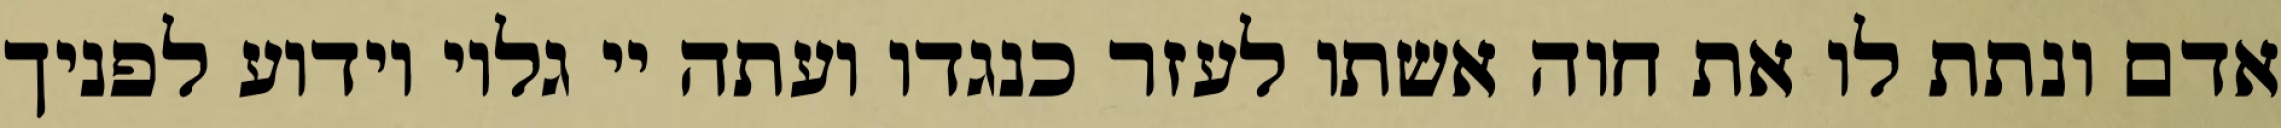
אדם ונתת לו את חוה אשתו לעזר כנגדו ועתה יי גלוי וידוע לפניך